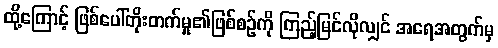
ထို့ကြောင့် ဖြစ်ပေါ်တိုးတက်မှု၏ဖြစ်စဉ်ကို ကြည့်မြင်လိုလျှင် အရေအတွက်မှ